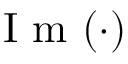
\mathrm { ~ I ~ m ~ } ( \cdot )